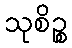
သုစိဉ္စ